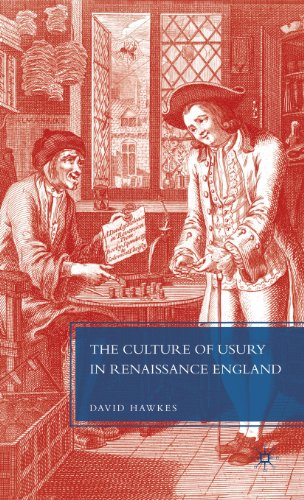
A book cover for The Culture of Usury in Renaissance England; David Hawkes; Business & Money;